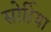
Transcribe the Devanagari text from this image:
सोर्ऱिया